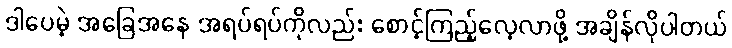
ဒါပေမဲ့ အခြေအနေ အရပ်ရပ်ကိုလည်း စောင့်ကြည့်လေ့လာဖို့ အချိန်လိုပါတယ်